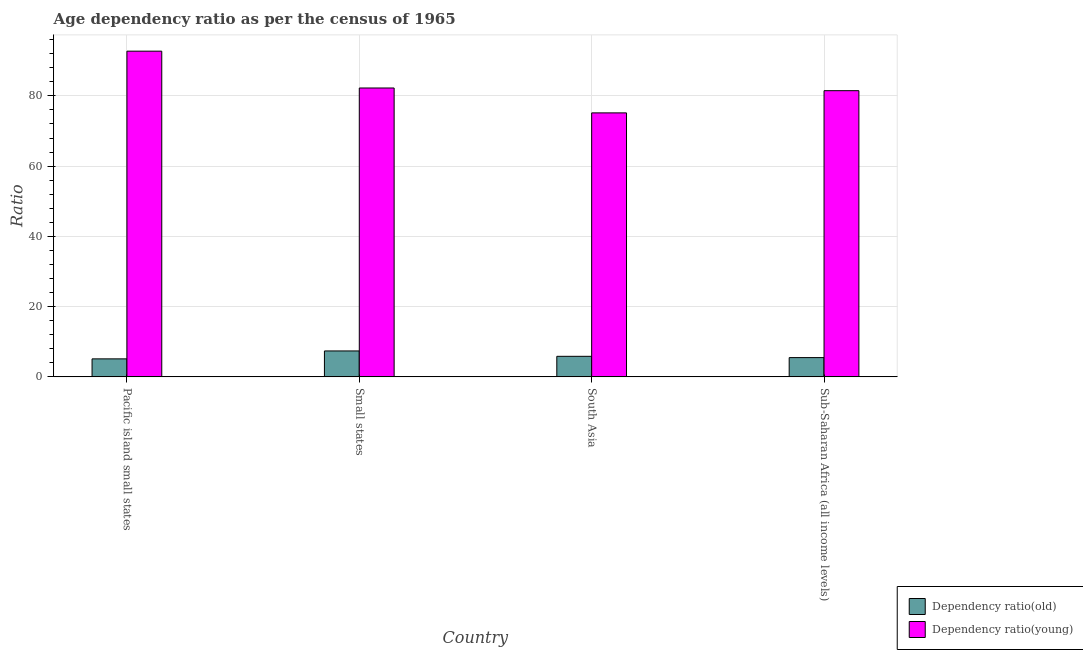
| Country | Dependency ratio(old) | Dependency ratio(young) |
 | --- | --- | --- |
 | Pacific island small states | 5.13 | 92.7 |
 | Small states | 7.38 | 82.2 |
 | South Asia | 5.85 | 75.2 |
 | Sub-Saharan Africa (all income levels) | 5.49 | 81.5 |